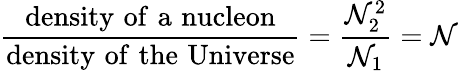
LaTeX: \frac{\mathrm{density\, \, of\, \, a\, \, nucleon}}{\mathrm{density\, \, of\, \, the\, \, Universe}}=\frac{{\cal N}_{2}^{2}}{{\cal N}_{1}}={\cal N}